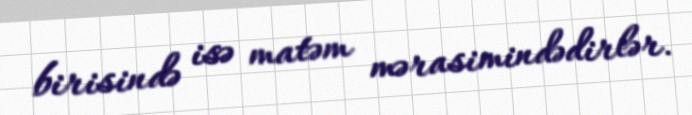
birisində isə matəm mərasimindədirlər.